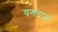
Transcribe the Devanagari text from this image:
यगदान